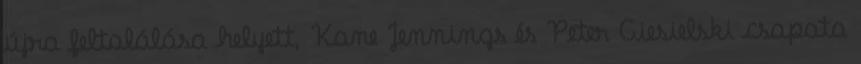
újra feltalálása helyett, Kane Jennings és Peter Ciesielski csapata